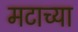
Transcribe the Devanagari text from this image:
मटाच्या